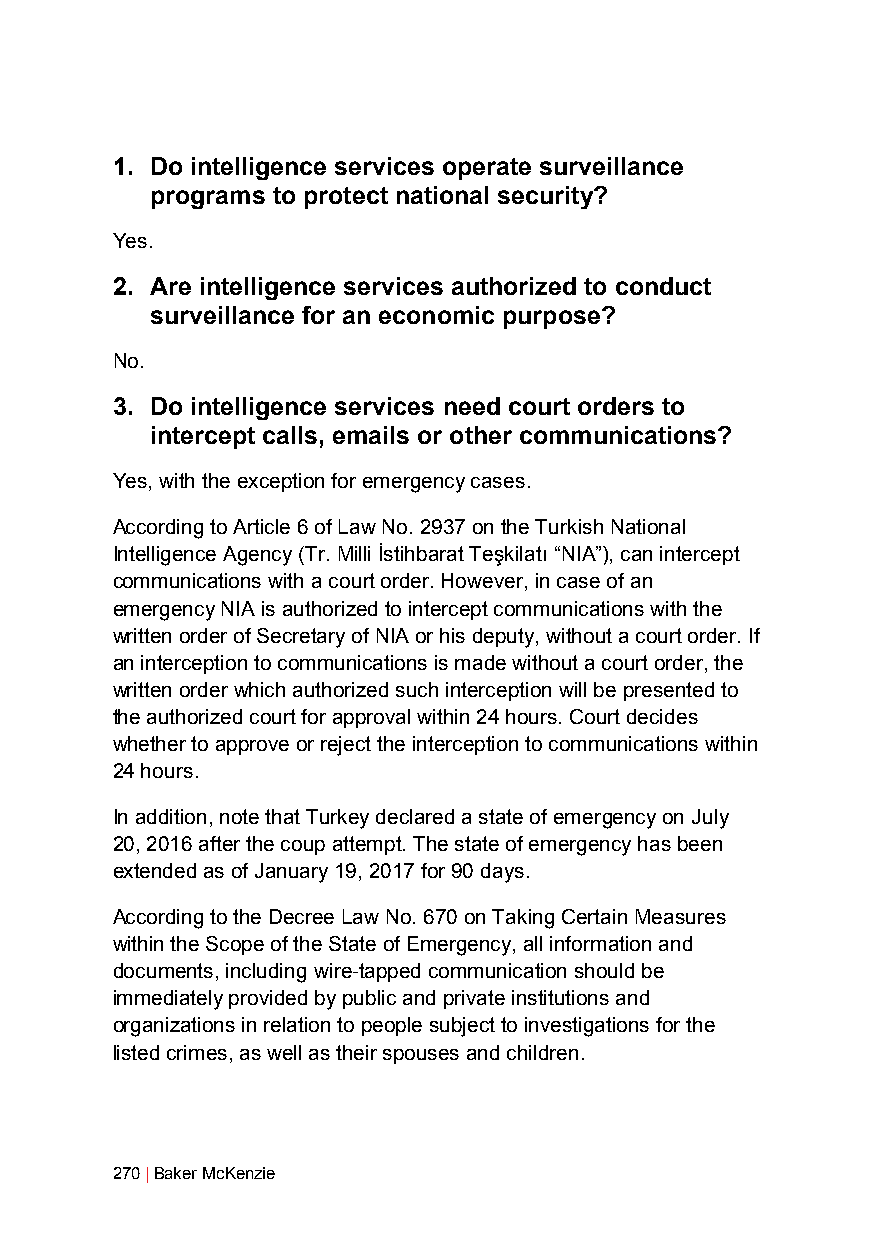
1. Do intelligence services operate surveillance
 programs to protect national security?
 Yes.
 2. Are intelligence services authorized to conduct
 surveillance for an economic purpose?
 No.
 3. Do intelligence services need court orders to
 intercept calls, emails or other communications?
 Yes, with the exception for emergency cases.
 According to Article 6 of Law No. 2937 on the Turkish National
 Intelligence Agency (Tr. Milli İstihbarat Teşkilatı “NIA”), can intercept
 communications with a court order. However, in case of an
 emergency NIA is authorized to intercept communications with the
 written order of Secretary of NIA or his deputy, without a court order. If
 an interception to communications is made without a court order, the
 written order which authorized such interception will be presented to
 the authorized court for approval within 24 hours. Court decides
 whether to approve or reject the interception to communications within
 24 hours.
 In addition, note that Turkey declared a state of emergency on July
 20, 2016 after the coup attempt. The state of emergency has been
 extended as of January 19, 2017 for 90 days.
 According to the Decree Law No. 670 on Taking Certain Measures
 within the Scope of the State of Emergency, all information and
 documents, including wire-tapped communication should be
 immediately provided by public and private institutions and
 organizations in relation to people subject to investigations for the
 listed crimes, as well as their spouses and children.
 270 | Baker McKenzie